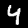
Label: 4